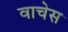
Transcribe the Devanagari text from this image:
वाचेस